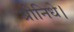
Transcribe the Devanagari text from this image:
श्रीनिधे।